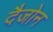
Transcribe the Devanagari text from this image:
दैजोन